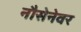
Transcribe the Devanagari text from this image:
नौसेनेवर